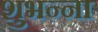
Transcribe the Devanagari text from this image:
शुभन्ना